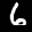
Digit: 6